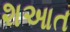
શઆત